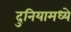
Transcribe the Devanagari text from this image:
दुनियामध्ये